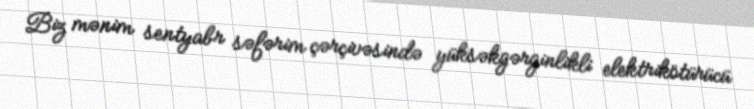
Biz mənim sentyabr səfərim çərçivəsində yüksəkgərginlikli elektrikötürücü